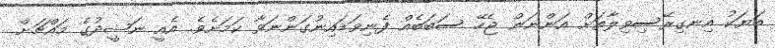
ބަޔަކު އިނގިރޭސިވިލާތަށް އަންނަން ޖެހޭ ސަބަބެއް ފެނިވަޑައިނުގަންނަވާ ކަމަށެވެ. އެއީ ނަޝީދުގެ މައްޗަށް